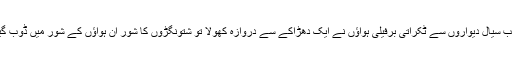
جب سیال دیواروں سے ٹکراتی برفیلی ہواؤں نے ایک دھڑاکے سے دروازہ کھولا تو شتونگڑوں کا شور ان ہواؤں کے شور میں ڈوب گیا۔